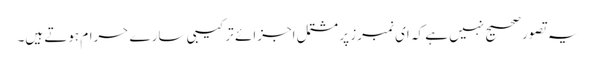
یہ تصور صحیح نہیں ہے کہ ای نمبرز پر مشتمل اجزائے ترکیبی سارے حرام ہوتے ہیں۔